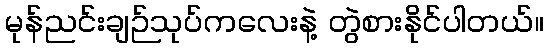
မုန်ညင်းချဉ်သုပ်ကလေးနဲ့ တွဲစားနိုင်ပါတယ်။